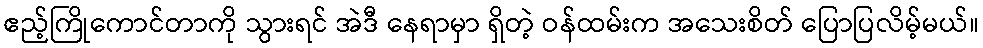
ဧည့်ကြိုကောင်တာကို သွားရင် အဲဒီ နေရာမှာ ရှိတဲ့ ဝန်ထမ်းက အသေးစိတ် ပြောပြလိမ့်မယ်။